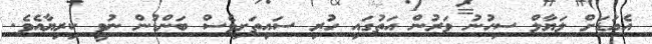
އެއަޑަށް ލަޔާލް ސިހުނު ވަރުން އަތުގައި ހުރި ސައިތަށިވެސް ބަންޑުން ނުވީ ކިރިޔާއެވެ.